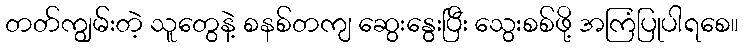
တတ်ကျွမ်းတဲ့ သူတွေနဲ့ စနစ်တကျ ဆွေးနွေးပြီး သွေးစစ်ဖို့ အကြံပြုပါရစေ။